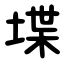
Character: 堞